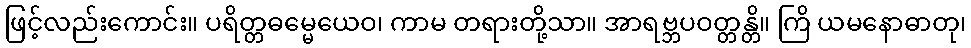
ဖြင့်လည်းကောင်း။ ပရိတ္တဓမ္မေယေဝ၊ ကာမ တရားတို့သာ။ အာရဗ္ဘပဝတ္တန္တိ။ ကြိ ယမနောဓာတု၊